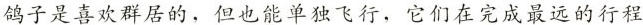
鸽子是喜欢群居的，但也能单独飞行，它们在完成最远的行程